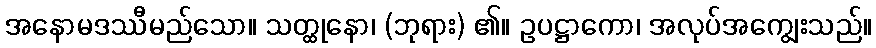
အနောမဒဿီမည်သော။ သတ္ထုနော၊ (ဘုရား) ၏။ ဥပဋ္ဌာကော၊ အလုပ်အကျွေးသည်။